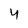
Character: 4